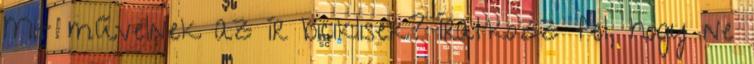
Mit művelnek az ír biciklisek? Íratkozz fel, hogy ne